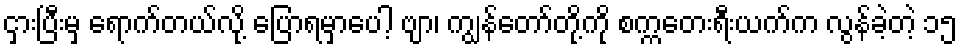
ငှားပြီးမှ ရောက်တယ်လို့ ပြောရမှာပေါ့ ဗျာ၊ ကျွန်တော်တို့ကို စက္ကတေးရီးယက်က လွန်ခဲ့တဲ့ ၁၅